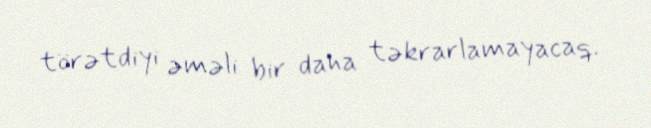
törətdiyi əməli bir daha təkrarlamayacaq.